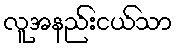
လူအနည်းငယ်သာ